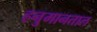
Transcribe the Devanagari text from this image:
हनुमानताल